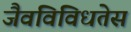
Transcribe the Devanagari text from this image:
जैवविविधतेस